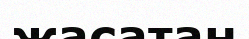
жасатан